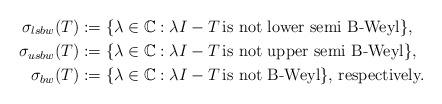
LaTeX: \begin{align*}\sigma_{lsbw}(T)&:=\{\lambda \in \mathbb{C}: \lambda I-T \thinspace \mbox{is not lower semi B-Weyl}\},\\\sigma_{usbw}(T)&:=\{\lambda \in \mathbb{C}: \lambda I-T \thinspace \mbox{is not upper semi B-Weyl}\},\\\sigma_{bw}(T)&:=\{\lambda \in \mathbb{C}: \lambda I-T \thinspace \mbox{is not B-Weyl}\}, \thinspace \mbox{respectively.}\end{align*}